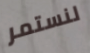
لنستمر